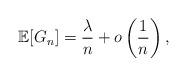
LaTeX: \begin{align*}\mathbb{E}[G_n]=\frac{\lambda}{n} +o\left(\frac{1}{n}\right),\end{align*}